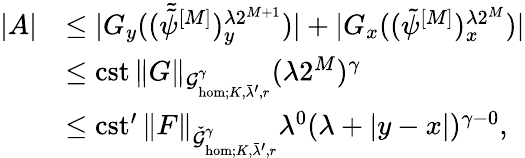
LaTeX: \begin{array}{rl}{|A|}&{\leq|G_{y}((\tilde{\tilde{\psi}}^{[M]})_{y}^{\lambda 2^{M+1}})|+|G_{x}((\tilde{\psi}^{[M]})_{x}^{\lambda 2^{M}})|}\\ &{\leq\mathrm{cst}\, \| G\| _{\mathcal{G}_{\mathrm{hom};K,\bar{\lambda}^{\prime},r}^{\gamma}}(\lambda 2^{M})^{\gamma}}\\ &{\leq\mathrm{cst^{\prime}}\, \| F\| _{\check{\mathcal{G}}_{\mathrm{hom};K,\bar{\lambda}^{\prime},r}^{\gamma}}\lambda^{0}(\lambda+|y-x|)^{\gamma-0},}\end{array}